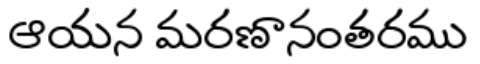
ఆయన మరణానంతరము